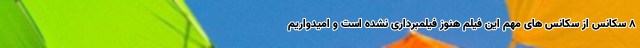
۸ سکانس از سکانس های مهم این فیلم هنوز فیلمبرداری نشده است و امیدواریم